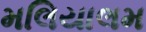
મલિયાલમ